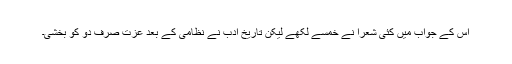
اُس کے جواب میں کئی شعرا نے خمسے لکھے لیکن تاریخِ ادب نے نظامی کے بعد عزت صرف دو کو بخشی۔